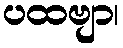
ပထဗျာ၊